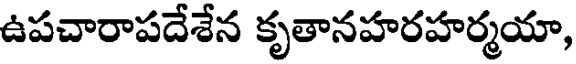
ఉపచారాపదేశేన కృతానహరహర్మయా,